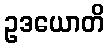
ဥဒယောတိ